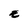
Character: E